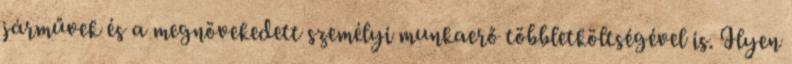
járművek és a megnövekedett személyi munkaerő többletköltségével is. Ilyen